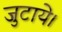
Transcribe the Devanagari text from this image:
जुटाये।